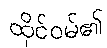
ထိုင်ဝမ်၏